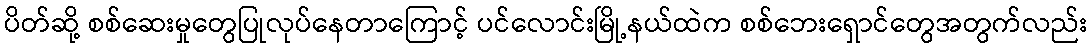
ပိတ်ဆို့ စစ်ဆေးမှုတွေပြုလုပ်နေတာကြောင့် ပင်လောင်းမြို့နယ်ထဲက စစ်ဘေးရှောင်တွေအတွက်လည်း